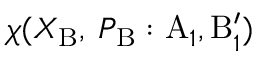
\chi ( X _ { \mathrm { B } } , \: P _ { \mathrm { B } } : \mathrm { A } _ { 1 } , \mathrm { B } _ { 1 } ^ { \prime } )